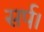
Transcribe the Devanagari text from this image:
सर्प।